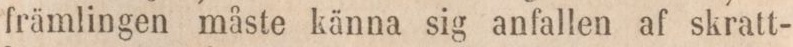
främlingen måste känna sig anfallen af skratt-